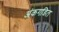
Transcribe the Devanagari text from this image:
अंकगडित